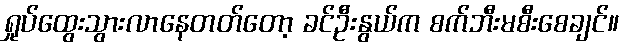
ရှုပ်ထွေးသွားလာနေတတ်တော့ ခင်ဦးနွယ်က စက်ဘီးမစီးစေချင်။